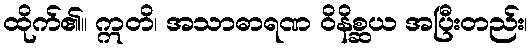
ထိုက်၏။ ဣတိ၊ အသာဓာရဏ ဝိနိစ္ဆယ အပြီးတည်း၊